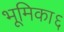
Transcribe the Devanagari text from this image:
भूमिका६